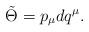
LaTeX: \begin{align*}\tilde \Theta = p_\mu dq^\mu.\end{align*}